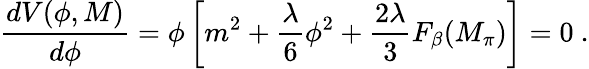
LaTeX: {\frac{dV(\phi,M)}{d\phi}}=\phi\left[m^{2}+\frac{\lambda}{6}\phi^{2}+\frac{2\lambda}{3}F_{\beta}(M_{\pi})\right]=0~.